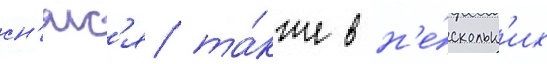
сн'ялс'я та́кже в н'е́скольк'их